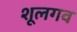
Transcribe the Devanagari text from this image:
शूलगव